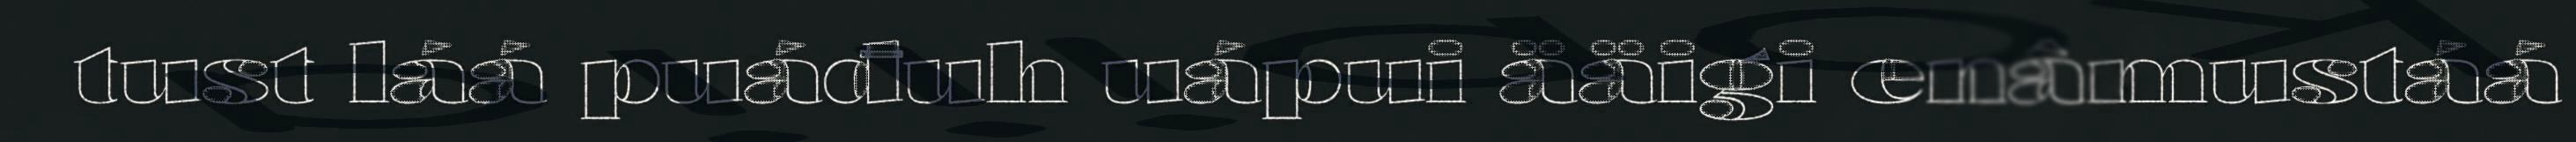
tust láá puáđuh uápui ääigi enâmustáá